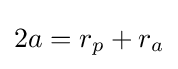
2a=r_{p}+r_{a}